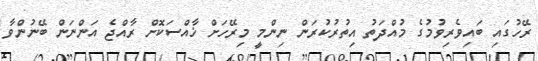
ރޭހުގައި ބައިވެރިވުމުގެ މުއްދަތު އިތުރުކުރަން ނިންމީ މިރޭހަށް ޚާއްސަކޮށް ރާއްޖެ އަންނަން ބޭނުންވާ